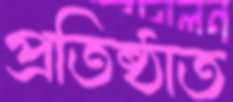
প্রতিষ্ঠাত